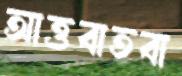
আত্তবাতবা